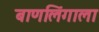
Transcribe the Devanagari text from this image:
बाणलिंगाला